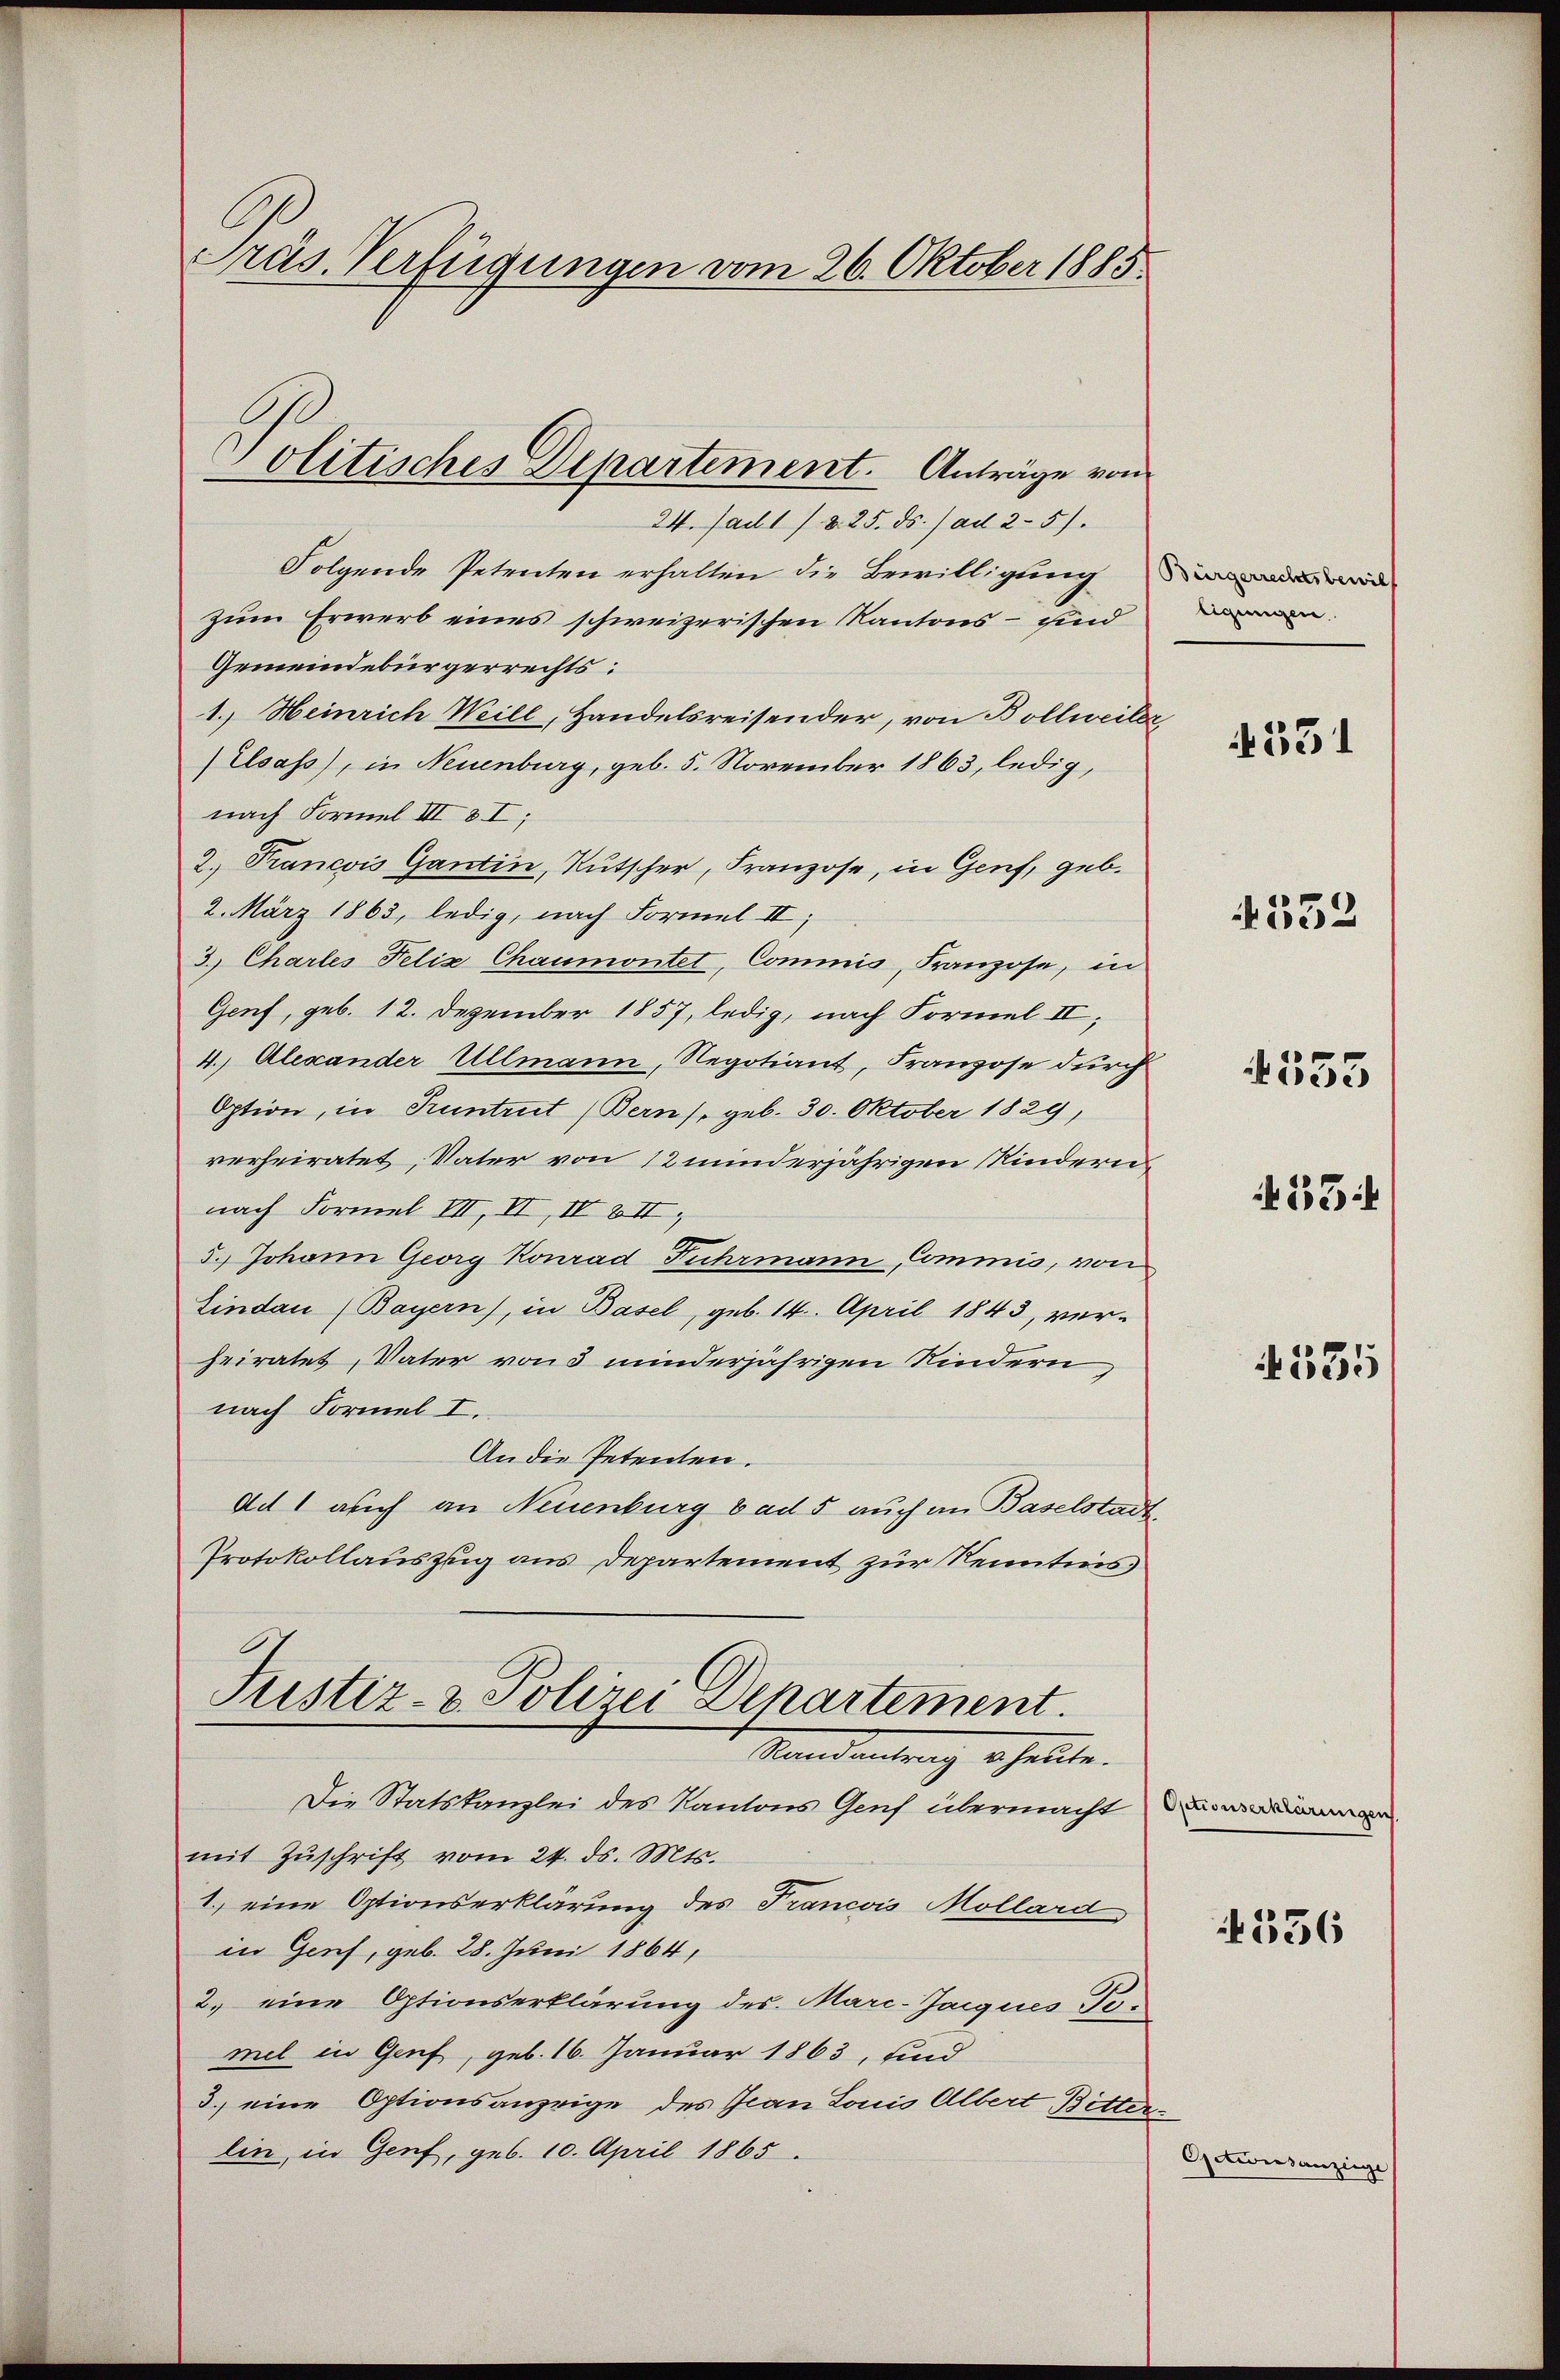
Präs. Verfügungen vom 26. Oktober 1885

24. Mai 1825. ds. ) ad 2-5).
Folgende Petenten erhalten die Bewilligung
zum Erwerb eines schweizerischen Kantons – sind
Gemeindebürgerrechts:
1. Heinrich Will, Handelsreisender, von Bollweiler
Elsass), in Neuenburg, geb. 5. November 1863, ledig,
nach Formel III 8 I;
2. Trancois Gantin, Rutscher, Franzose, in Genf, geb.
2. März 1863, ledig, nach Formel II,
3. Chartes Felix Chaumontet, Commis, Franzose, in
Genf, geb. 12. Dezember 1857, ledig, nach Formel II,
4. Alexander Ullmann, Regotiant, Franzose durch
Option, in Pruntrut (Berns, geb. 30. Oktober 1829,
verheiratet, Vater von 12 minderjährigen Kindern
nach Formel III, II, IV VII
5.) Johann Georg Konrad Fuhrmann Commis, von
Sindau (Bayern), in Basel, geb. 14. April 1843, ver-
heiratet, Vater von 3 minderjährigen Kindern,
nach Formel I.
An die Petenten.
Ad auch an Neuenburg bad 5 auch an Baselstadt
Protokollauszug aus Departement zur Kenntnis,
Justiz- & Polizei Departement.
Mandantrag behalte.
Die Statskanzlei des Kantons Genf übermacht namen
mit Zŭschrift vom 24. ds. Mts.
1.) eine Optionserklärung des Francois Mollard
in Genf, geb. 28. Juni 1864,
2. eine Optionserklärung des Marc-Jacques Tomel in Genf, geb. 16. Januar 1863, sind
3.) eine Optionsanzeige des Ivan Louis Albert Bitter
lin, in Genf, geb. 10. April 1865.

Politisches Departement. Anträge von

tigungen.

4331

552

555

4356

53

535

Actionsanzeige